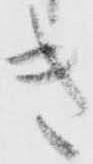
き